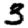
Digit: 3